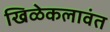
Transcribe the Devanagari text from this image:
खिळेकलावंत